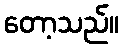
တော့သည်။